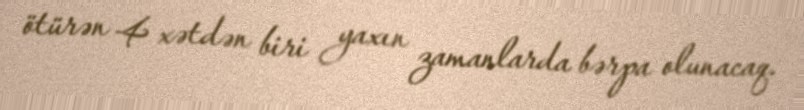
ötürən 4 xətdən biri yaxın zamanlarda bərpa olunacaq.